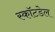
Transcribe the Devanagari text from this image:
स्कॉटडेल